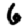
Digit: 6